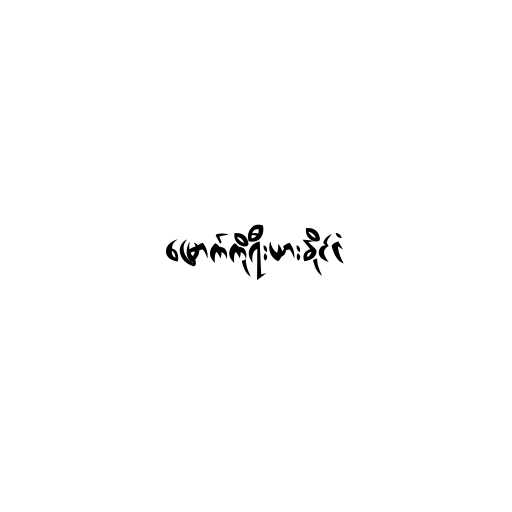
မြောက်ကိုရီးယားနိုင်ငံ